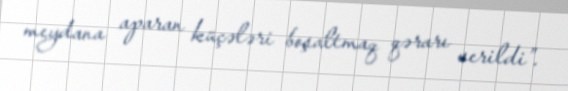
meydana aparan küçələri boşaltmaq qərarı verildi”.